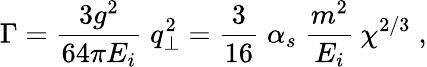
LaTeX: \Gamma=\frac{3g^{2}}{64\pi E_{i}}\; q_{\bot}^{2}=\frac{3}{16}\; \alpha_{s}\; \frac{m^{2}}{E_{i}}\: \chi^{2/3}\; ,